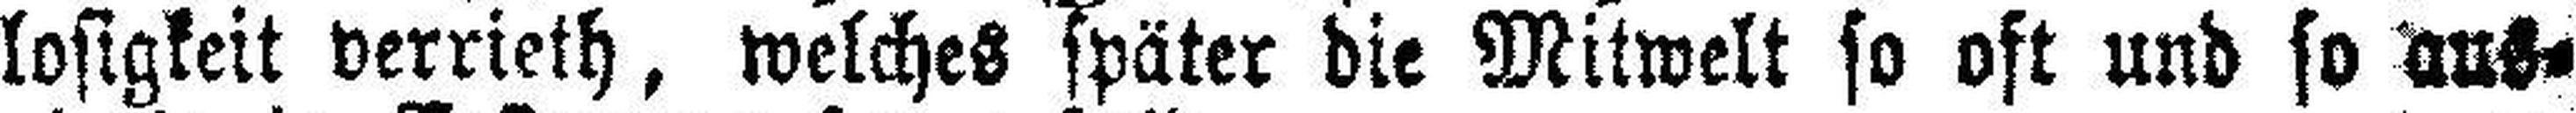
losigkeit verrieth, welches später die Mitwelt so oft und so auf¬